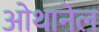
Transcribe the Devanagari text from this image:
ओथानेल